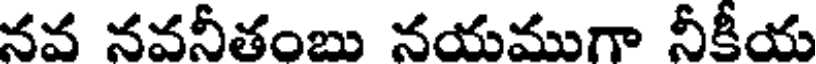
నవ నవనీతంబు నయముగా నీకీయ